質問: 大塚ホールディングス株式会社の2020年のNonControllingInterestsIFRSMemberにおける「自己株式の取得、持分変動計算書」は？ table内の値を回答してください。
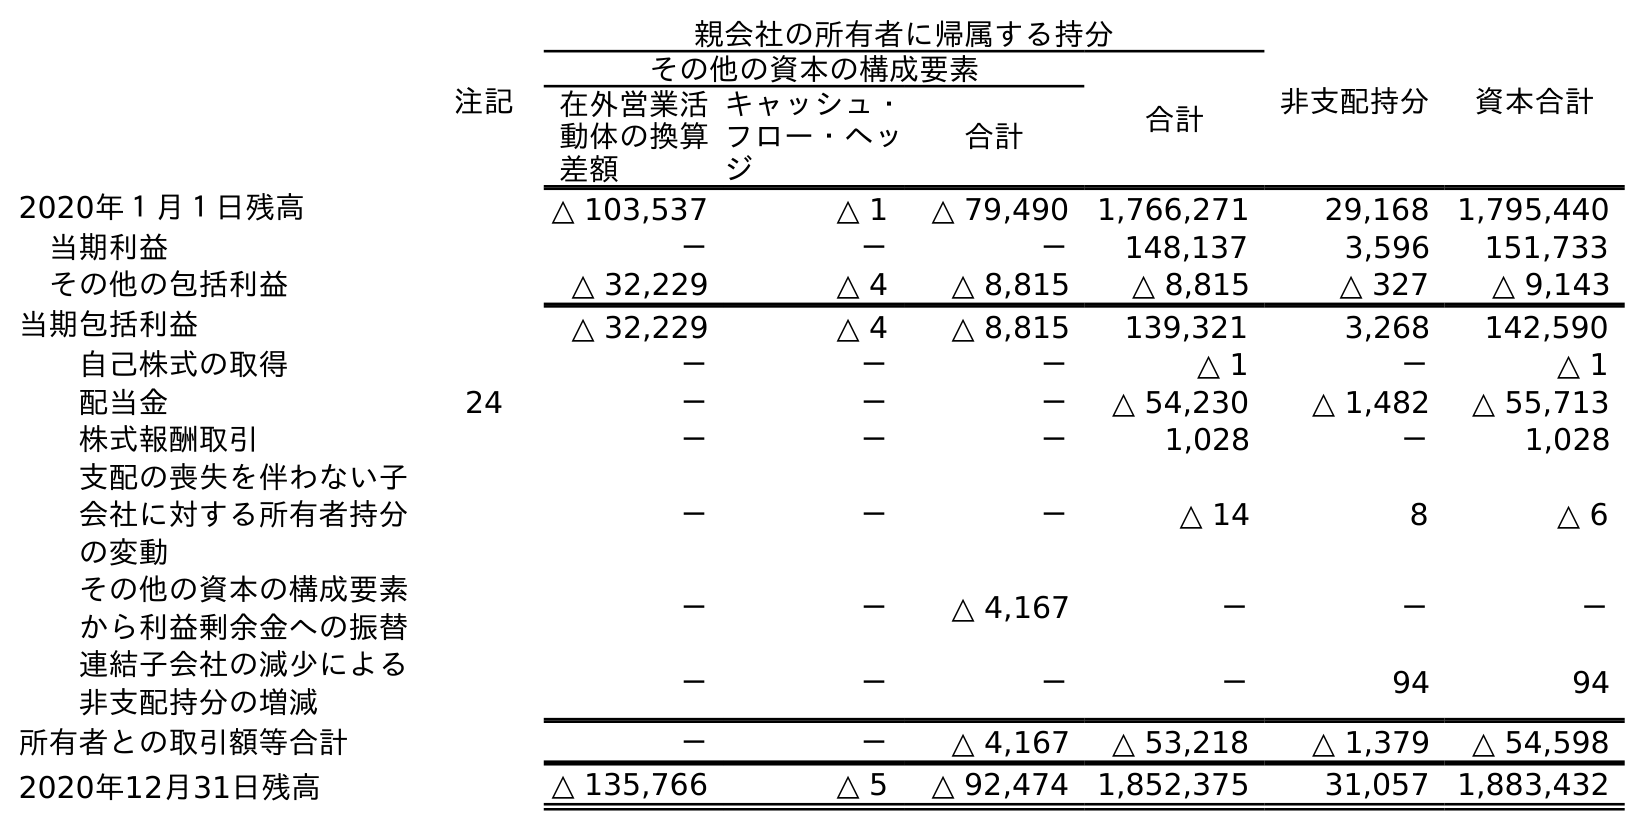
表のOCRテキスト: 注記 親会社の所有者に帰属する持分 非支配持分 資本合計 その他の資本の構成要素 合計 在外営業活 動体の換算 差額 キャッシュ・ フロー・ヘッ ジ 合計 2020年１月１日残高 △ 103,537 △ 1 △ 79,490 1,766,271 29,168 1,795,440 当期利益 － － － 148,137 3,596 151,733 その他の包括利益 △ 32,229 △ 4 △ 8,815 △ 8,815 △ 327 △ 9,143 当期包括利益 △ 32,229 △ 4 △ 8,815 139,321 3,268 142,590 自己株式の取得 － － － △ 1 － △ 1 配当金 24 － － － △ 54,230 △ 1,482 △ 55,713 株式報酬取引 － － － 1,028 － 1,028 支配の喪失を伴わない子 会社に対する所有者持分 の変動 － － － △ 14 8 △ 6 その他の資本の構成要素 から利益剰余金への振替 － － △ 4,167 － － － 連結子会社の減少による 非支配持分の増減 － － － － 94 94 所有者との取引額等合計 － － △ 4,167 △ 53,218 △ 1,379 △ 54,598 2020年12月31日残高 △ 135,766 △ 5 △ 92,474 1,852,375 31,057 1,883,432
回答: －